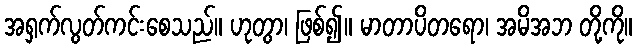
အရှက်လွတ်ကင်းစေသည်။ ဟုတွာ၊ ဖြစ်၍။ မာတာပိတရော၊ အမိအဘ တို့ကို။